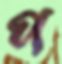
প